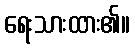
ရေးသားထား၏။